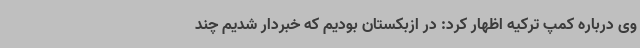
وی درباره کمپ ترکیه اظهار کرد: در ازبکستان بودیم که خبردار شدیم چند